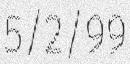
5/2/99